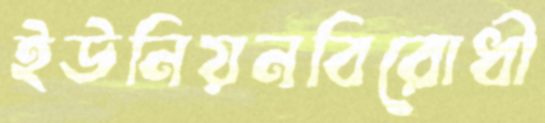
ইউনিয়নবিরোধী